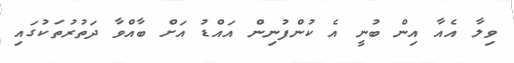
ވިލާ އެއާ އިން ބުނީ އެ ކުންފުނިން އައްޑު އަށް ބާއްވާ ދަތުރުތަކުގައި